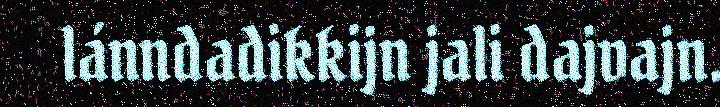
lánndadikkijn jali dajvajn.